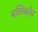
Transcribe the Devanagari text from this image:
पलिकोव